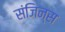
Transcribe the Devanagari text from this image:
संजिन्स